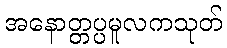
အနောတ္တပ္ပမူလကသုတ်